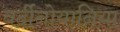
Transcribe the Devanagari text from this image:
वर्दीनोयानिया